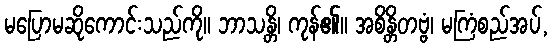
မပြောမဆိုကောင်းသည်ကို။ ဘာသန္တိ၊ ကုန်၏။ အစိန္တိတဗ္ဗံ၊ မကြံစည်အပ်,